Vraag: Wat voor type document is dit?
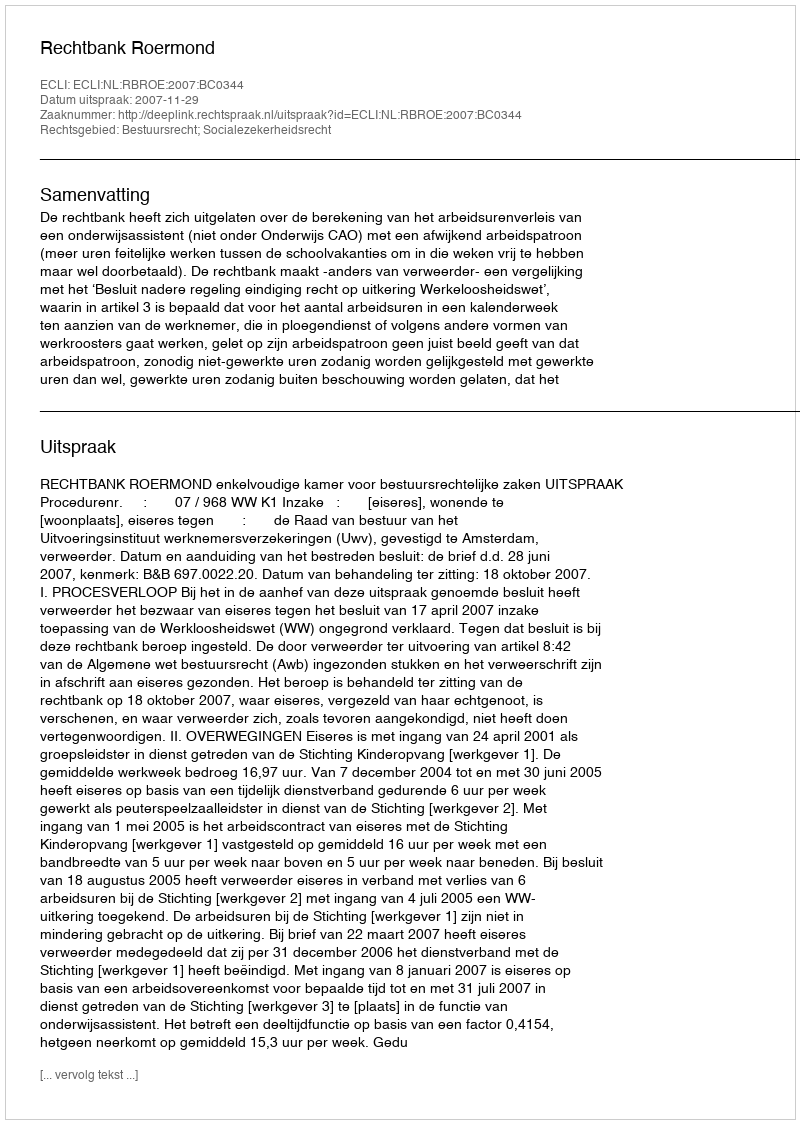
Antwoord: Uitspraak